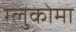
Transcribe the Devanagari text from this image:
ग्लुकोमा